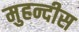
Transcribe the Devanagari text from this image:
मुहन्दीस